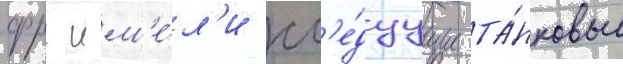
фрг им'е́л'и сл'е́дуущие та́нковые